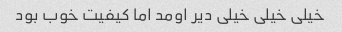
خیلی خیلی خیلی دیر اومد اما کیفیت خوب بود